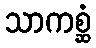
သာကစ္ဆံ